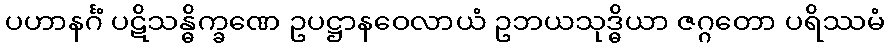
ပဟာနင်္ဂံ ပဋိသန္ဓိက္ခဏေ ဥပဋ္ဌာနဝေလာယံ ဥဘယသုဒ္ဓိယာ ဇဂ္ဂတော ပရိဿမံ